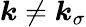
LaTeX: \boldsymbol{k}\neq\boldsymbol{k}_{\sigma}